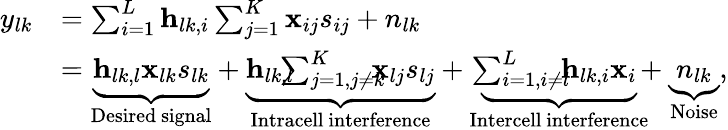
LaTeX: \begin{array}{rl}{y_{lk}}&{=\sum_{i=1}^{L}\mathbf{h}_{lk,i}\sum_{j=1}^{K}\mathbf{x}_{ij}s_{ij}+n_{lk}}\\ &{=\underbrace{\mathbf{h}_{lk,l}\mathbf{x}_{lk}s_{lk}}_{\mathrm{Desired~signal}}+\underbrace{\mathbf{h}_{lk,l}\! \! \! \! \sum_{j=1,j\neq k}^{K}\! \! \! \! \mathbf{x}_{lj}s_{lj}}_{\mathrm{Intracell~interference}}+\underbrace{\! \! \sum_{i=1,i\neq l}^{L}\! \! \! \mathbf{h}_{lk,i}\mathbf{x}_{i}}_{\mathrm{Intercell~interference}}\! \! \! +\underbrace{n_{lk}}_{\mathrm{Noise}},}\end{array}